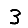
Digit: 3